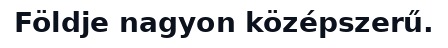
Földje nagyon középszerű.